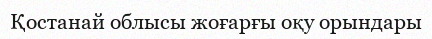
Қостанай облысы жоғарғы оқу орындары